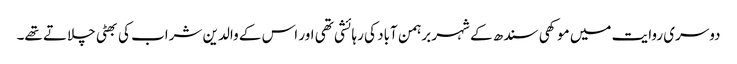
دوسری روایت میں موکھی سندھ کے شہر برہمن آباد کی رہائشی تھی اور اس کے والدین شراب کی بھٹی چلاتے تھے۔